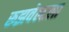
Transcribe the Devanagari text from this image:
रूझवेल्टला